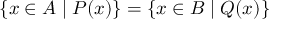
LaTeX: \{ x \in A \mid P ( x ) \} = \{ x \in B \mid Q ( x ) \}